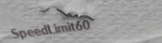
SpeedLimit60